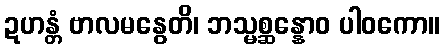
ဍဟန္တံ ဗာလမနွေတိ၊ ဘသ္မစ္ဆန္နောဝ ပါဝကော။